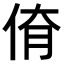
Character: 𠉈